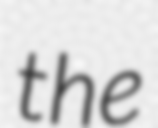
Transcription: the